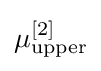
\mu _{\text{upper}}^{[2]}